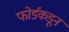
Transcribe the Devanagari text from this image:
फोर्डकडून